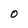
Character: O